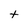
Character: t